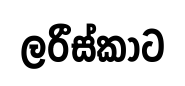
ලරීස්කාට